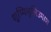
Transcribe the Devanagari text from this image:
शुप्पिलुलिउमाश